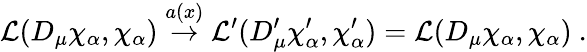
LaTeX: {\cal{L}}(D_{\mu}\chi_{\alpha},\chi_{\alpha})\stackrel{a(x)}{\rightarrow}{\cal{L}}^{\prime}(D_{\mu}^{\prime}\chi_{\alpha}^{\prime},\chi_{\alpha}^{\prime})={\cal{L}}(D_{\mu}\chi_{\alpha},\chi_{\alpha})~.